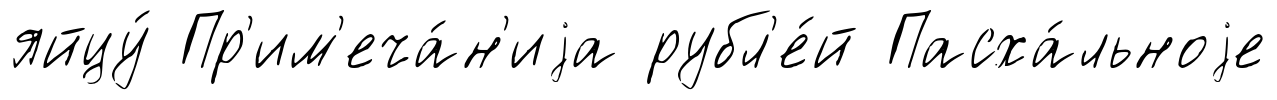
яйцу́ Пр'им'еча́н'иjа рубл'е́й Пасха́льноjе